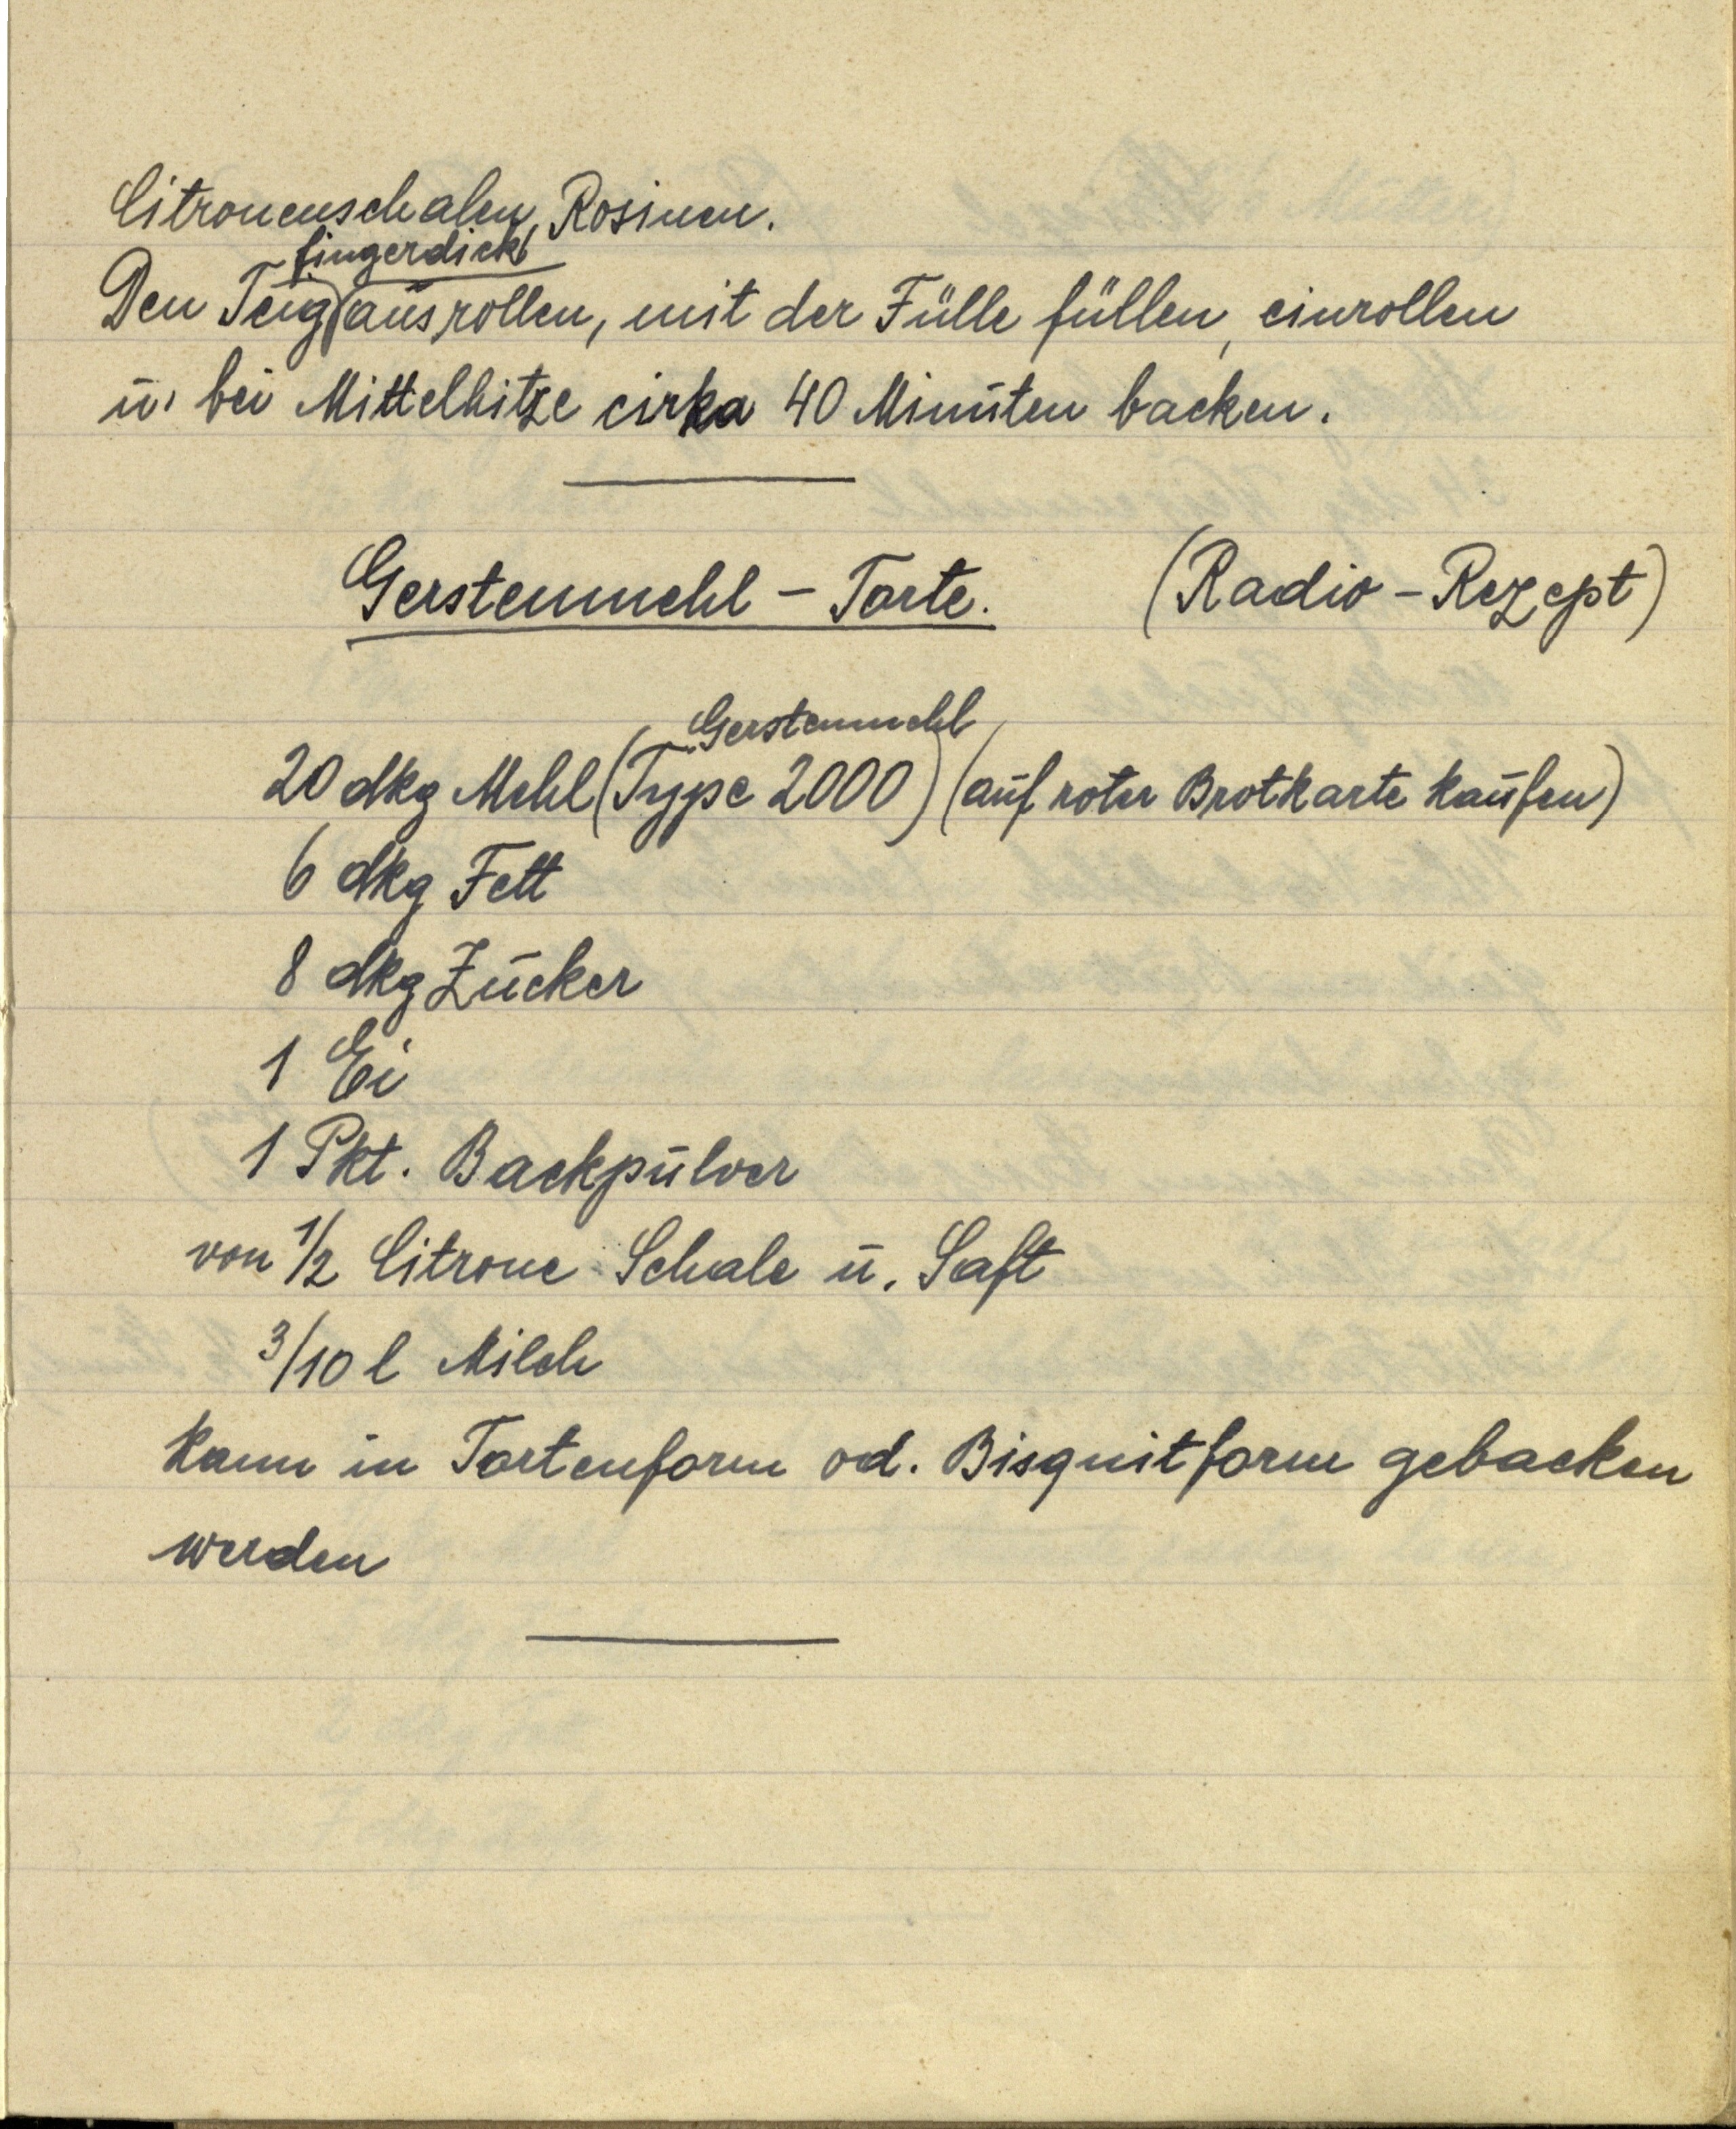
Citronenschalen, Rosinen.
Den Teig fingerdick ausrollen, mit der Fülle füllen, einrollen
u. bei Mittelhitze cirka 40 Minuten backen.

Gerstenmehl — Torte. (Radio — Rezept)
20 dkg Mehl (Gerstenmehl Type 2000) (auf roter Brotkarte kaufen)
6 dkg Fett
8 dkg Zucker
1 Ei
1 Pkt. Backpulver
von ½ Citrone Schale u. Saft
3/10 l Milch
Kann in Tortenform od. Bisquitform gebacken
werden